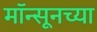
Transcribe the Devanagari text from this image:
मॉन्सूनच्या